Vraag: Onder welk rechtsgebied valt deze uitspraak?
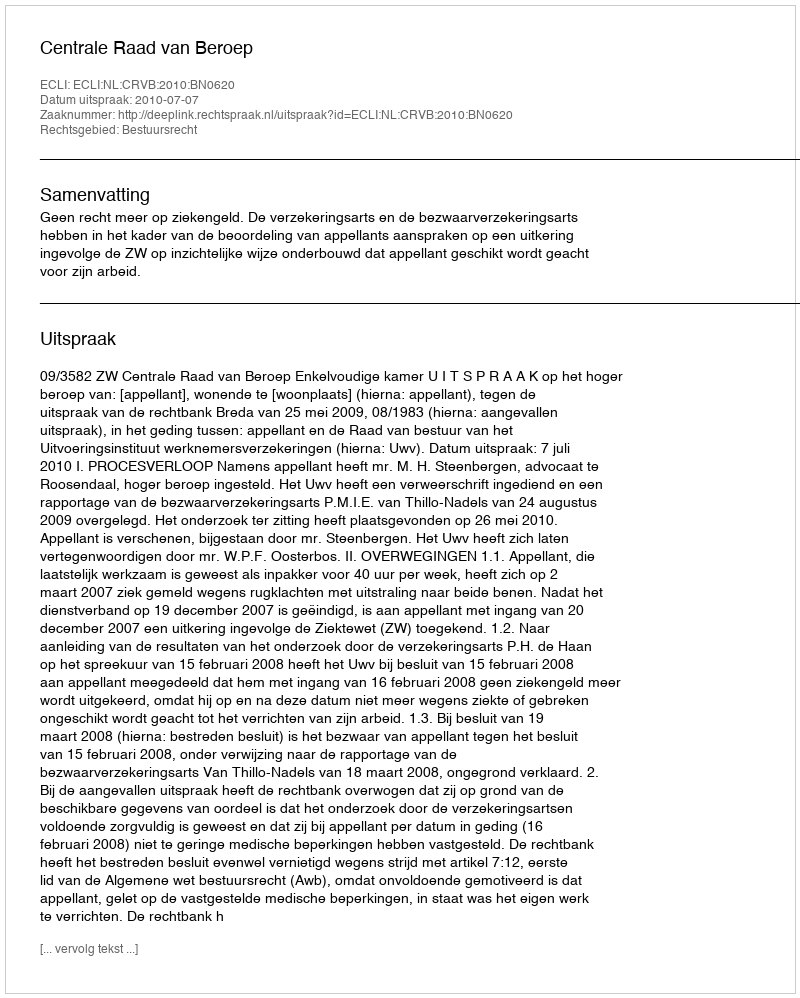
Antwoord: Bestuursrecht